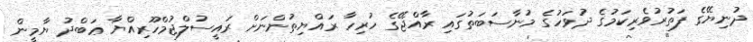
ދުނިޔޭގެ ފަތުރުވެރިކަމުގެ ދުވަހުގެ މުނާސަބަތުގައި ރާއްޖޭގެ ހުރިހާ ރައްޔިތުންނަށް ރައީސުލްޖުމްހޫރިއްޔާ ޢަބްދު ޔާމީން